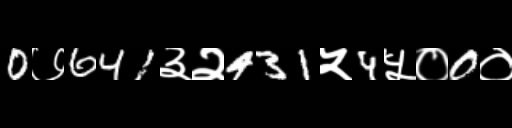
Text: 0७641३२431५4५०0०